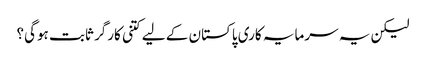
لیکن یہ سرمایہ کاری پاکستان کے لیے کتنی کارگر ثابت ہوگی؟